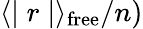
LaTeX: \langle\mid r\mid\rangle_{\mathrm{free}}/n)